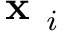
\textbf { x } _ { i }